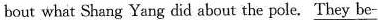
bout what Shang Yang did about the pole. \underline{They be-}